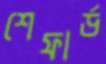
শেফার্ড